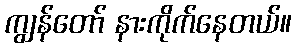
ကျွန်တော် နားကိုက်နေတယ်။